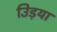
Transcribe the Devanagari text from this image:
उिड़या